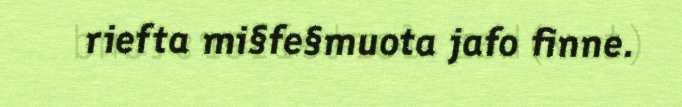
riefta mi§fe§muota jafo finne.